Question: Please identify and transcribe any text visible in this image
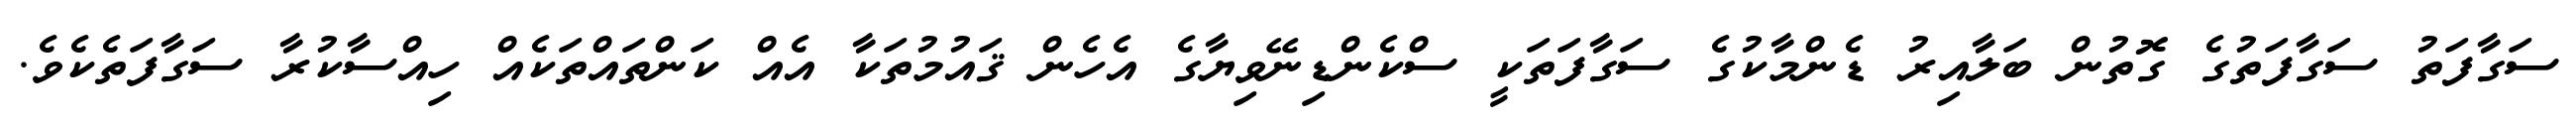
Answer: ސަގާފަތު ސަގާފަތުގެ ގޮތުން ބަލާއިރު ޑެންމާކުގެ ސަގާފަތަކީ ސްކެންޑިނޭވިޔާގެ އެހެން ޤައުމުތަކާ އެއް ކަންތައްތަކެއް ހިއްސާކުރާ ސަގާފަތެކެވެ.